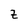
Character: Z